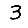
Digit: 3